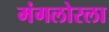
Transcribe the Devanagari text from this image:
मंगलोरला